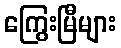
ကြွေးမြီများ